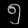
Digit: ၅